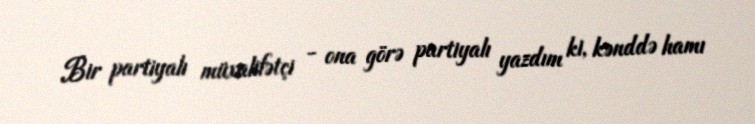
Bir partiyalı müxalifətçi - ona görə partiyalı yazdım ki, kənddə hamı